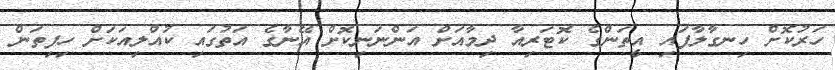
ހަރުކޮށް ހިނގާލާފައި އީތަންގެ ކޮޓަރިއާ ދިމާއަށް އަންނަނިކޮށް އޭނާގެ އަތުގައި ކުއްލިއަކަށް ހިފިތަން